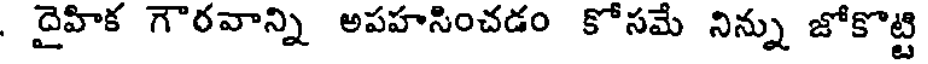
. దైహిక గౌరవాన్ని అపహసించడం కోసమే నిన్ను జోకొట్టి